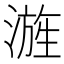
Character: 𣻓